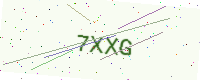
Text: 7XXG